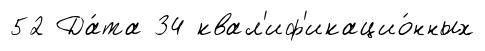
52 Да́та 34 квал'иф'икацио́нных